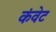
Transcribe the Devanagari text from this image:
कंवेट